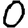
Digit: 0